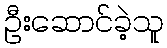
ဦးဆောင်ခဲ့သူ